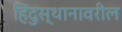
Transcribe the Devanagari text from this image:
हिंदुस्थानावरील